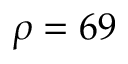
\rho = 6 9